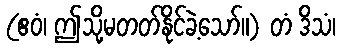
(ဧဝံ၊ ဤသို့မတတ်နိုင်ခဲ့သော်။) တံ ဒိသံ၊